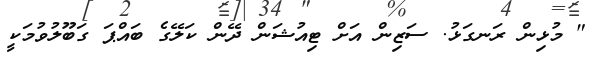
" މުޅިން ރަނގަޅު. ސަޒިން އަށް ޓިއުޝަން ދޭން ކަލޭގެ ބައްޕަ ގަބޫލުވުމަކީ